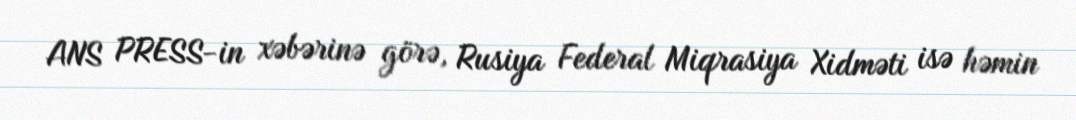
ANS PRESS-in xəbərinə görə, Rusiya Federal Miqrasiya Xidməti isə həmin